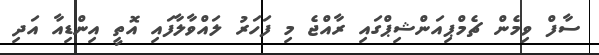
ސާފް ވިމެން ޗެމްޕިއަންޝިޕްގައި ރާއްޖެ މި ފަހަރު ލައްވާލާފައި އޮތީ އިންޑިއާ އަދި